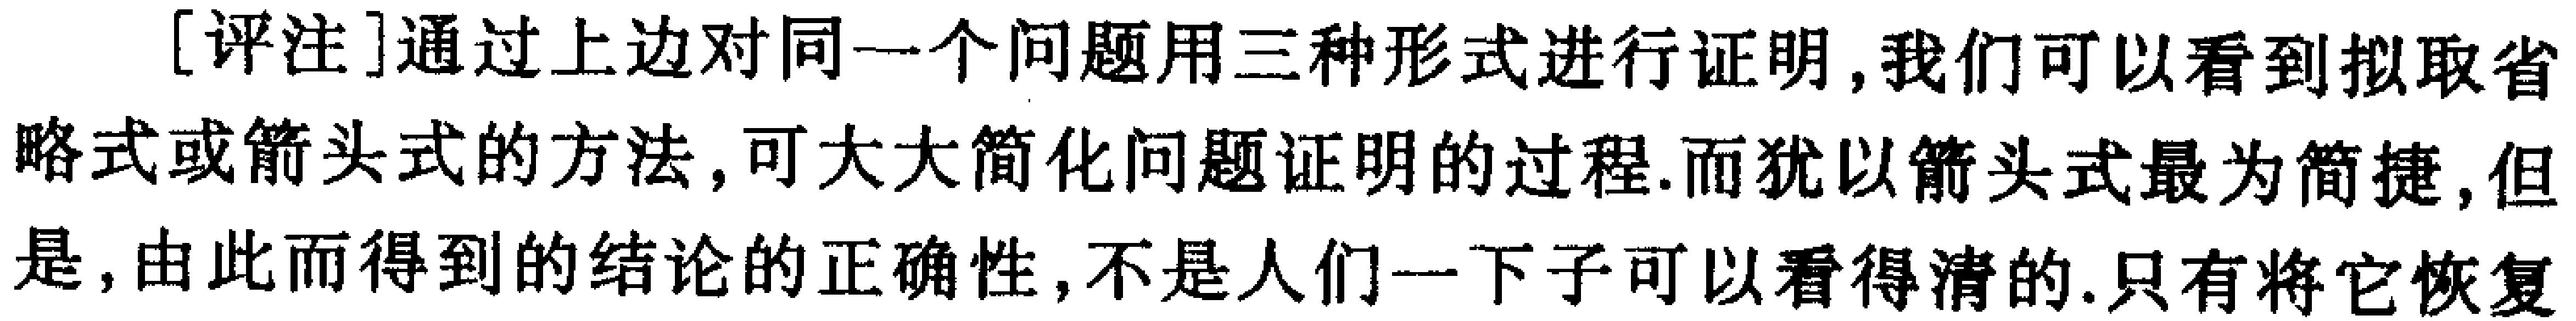
[评注]通过上边对同一个问题用三种形式进行证明,我们可以看到拟取省略式或箭头式的方法,可大大简化问题证明的过程.而犹以箭头式最为简捷,但是,由此而得到的结论的正确性,不是人们一下子可以看得清的.只有将它恢复